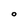
Character: O